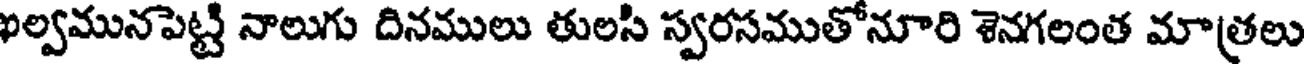
ఫల్వమునపెట్టి నాలుగు దినములు తులసి స్వరసముతోనూరి శెనగలంత మాత్రలు